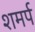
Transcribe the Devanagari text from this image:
शमर्प